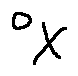
o _ { X }